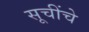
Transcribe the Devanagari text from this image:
सूचींचे